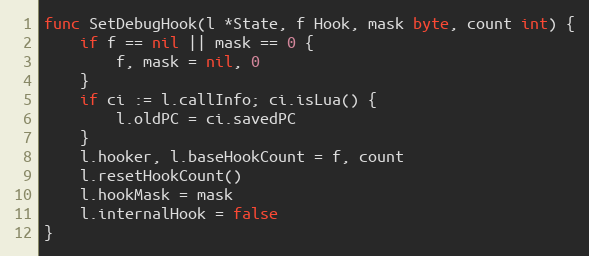
Language: Go
func SetDebugHook(l *State, f Hook, mask byte, count int) {
	if f == nil || mask == 0 {
		f, mask = nil, 0
	}
	if ci := l.callInfo; ci.isLua() {
		l.oldPC = ci.savedPC
	}
	l.hooker, l.baseHookCount = f, count
	l.resetHookCount()
	l.hookMask = mask
	l.internalHook = false
}